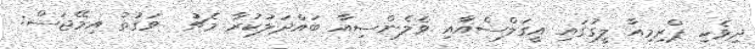
ދިވެހި ޕްރިމިއާ ލީގުގައި އީގަލްސްއާއި ވެލެންސިއާ ބައްދަލުކުރާ މެޗު  ވަގުތު އިމޭޖަސް: